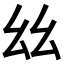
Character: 𢆶